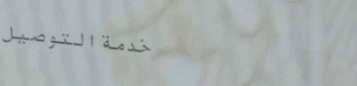
خدمة التوصيل